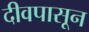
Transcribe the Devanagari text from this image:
दीवपासून